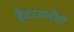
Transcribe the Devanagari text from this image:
हैदरअलीशी